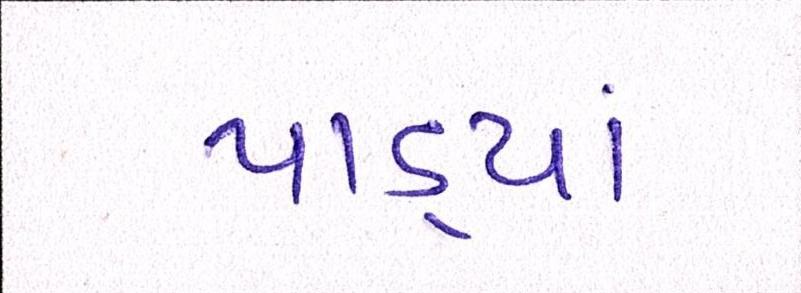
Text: પાડ્યાં